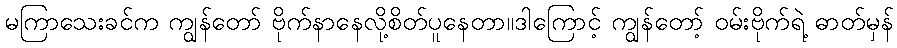
မကြာသေးခင်က ကျွန်တော် ဗိုက်နာနေလို့စိတ်ပူနေတာ။ဒါကြောင့် ကျွန်တော့် ဝမ်းဗိုက်ရဲ့ ဓာတ်မှန်